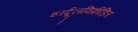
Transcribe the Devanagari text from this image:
शार्दूलविक्रीड़ित